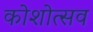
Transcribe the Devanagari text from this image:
कोशोत्सव